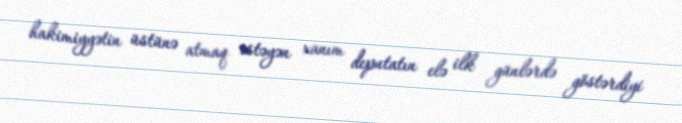
hakimiyyətin üstünə atmaq istəyən xanım deputatın elə ilk günlərdə göstərdiyi